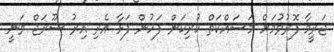
ޖަރީމާ ފޮރުވުމަށް މަސައްކަތް ކުރިކަން ފަހުން ފަޅާ އެރި އިރު ސޫރަޖް ވަނީ